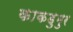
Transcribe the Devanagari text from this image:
काकडुमुर